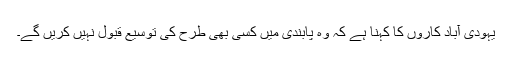
یہودی آباد کاروں کا کہنا ہے کہ وہ پابندی میں کسی بھی طرح کی توسیع قبول نہیں کریں گے۔